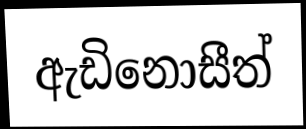
ඇඩිනොසීත්